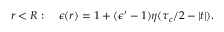
r < R : \quad \epsilon ( r ) = 1 + ( \epsilon ^ { \prime } - 1 ) \eta ( \tau _ { c } / 2 - | t | ) .